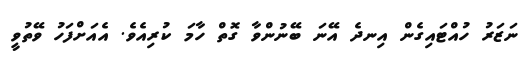
ނަޒަރު ހުއްޓައިގެން އިނދެ އޭނަ ބޭނުންވާ ގޮތް ހާމަ ކުރިއެވެ. އެއަށްފަހު ވޭތުވީ